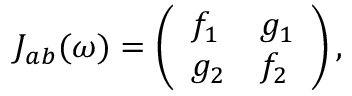
J _ { a b } ( \omega ) = \left( \begin{array} { l l } { f _ { 1 } } & { g _ { 1 } } \\ { g _ { 2 } } & { f _ { 2 } } \end{array} \right) ,